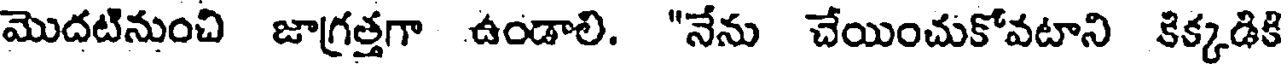
మొదటినుంచి జాగ్రత్తగా ఉండాలి. "నేను చేయించుకోవటాని కిక్కడికి